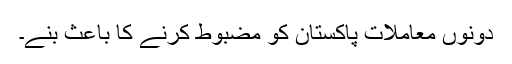
دونوں معاملات پاکستان کو مضبوط کرنے کا باعث بنے۔